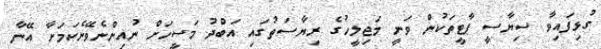
ގުޅިފައިވާ ސިޔާސީ ޕާޓީތަކުން ވަނީ މަޖިލީހުގެ ރިޔާސަތުގައި އަބްދު މަސީހަށް ނުއިންނެވޭނެކަމަށާ އޭނާ